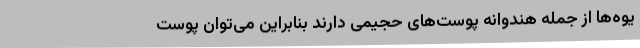
یوه‌ها از جمله هندوانه پوست‌های حجیمی دارند بنابراین می‌توان پوست